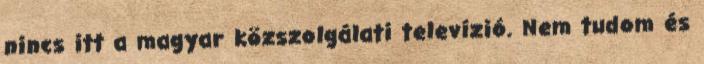
nincs itt a magyar közszolgálati televízió. Nem tudom és